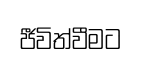
ජීවිත්වීමට